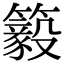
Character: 䉨